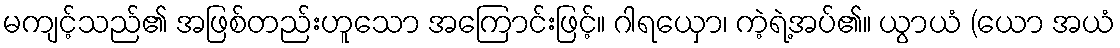
မကျင့်သည်၏ အဖြစ်တည်းဟူသော အကြောင်းဖြင့်။ ဂါရယှော၊ ကဲ့ရဲ့အပ်၏။ ယွာယံ (ယော အယံ